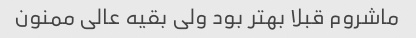
ماشروم قبلا بهتر بود ولی بقیه عالی ممنون